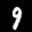
Label: 9